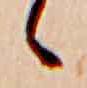
ゝ